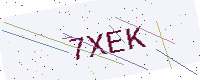
Text: 7XEK